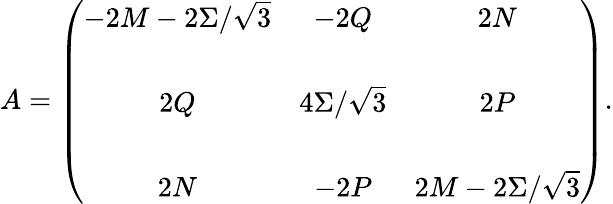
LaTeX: A=\left(\begin{array}{ccc}{{-2M-2\Sigma/\sqrt{3}}}&{{-2Q}}&{{2N}}\\ {{}}&{{}}&{{}}\\ {{2Q}}&{{4\Sigma/\sqrt{3}}}&{{2P}}\\ {{}}&{{}}&{{}}\\ {{2N}}&{{-2P}}&{{2M-2\Sigma/\sqrt{3}}}\end{array}\right).